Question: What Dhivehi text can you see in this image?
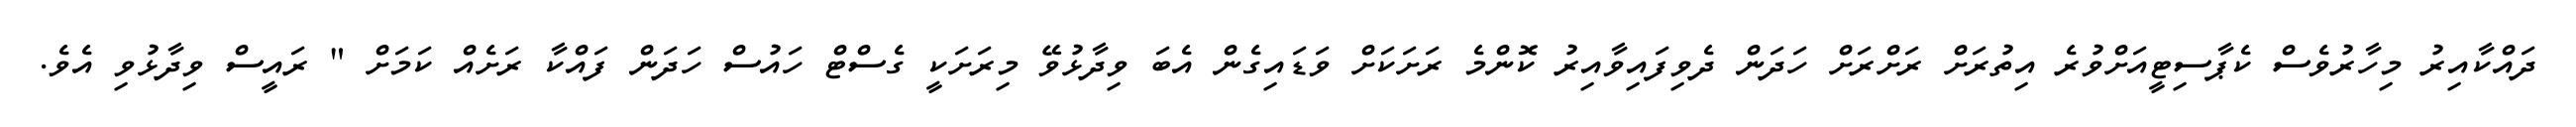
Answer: ދައްކާއިރު މިހާރުވެސް ކެޕާސިޓީއަށްވުރެ އިތުރަށް ރަށްރަށް ހަދަން ދެވިފައިވާއިރު ކޮންމެ ރަށަކަށް ވަޑައިގެން އެބަ ވިދާޅުވޭ މިރަށަކީ ގެސްޓް ހައުސް ހަދަން ފައްކާ ރަށެއް ކަމަށް " ރައީސް ވިދާޅުވި އެވެ.